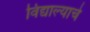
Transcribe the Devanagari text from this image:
विद्याल्याचे